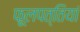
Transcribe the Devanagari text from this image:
फूलपत्तियां